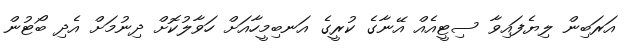
އަރަބިން ލިޔެފައިވާ ސިޓީއެއް އޭނާގެ ކުރީގެ އަނބިމީހާއަށް ހަވާލުކޮށް ދިނުމަށް އެދި ބޯޓުން